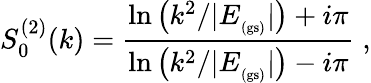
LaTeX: S_{0}^{(2)}(k)=\frac{\ln\left(k^{2}/|E_{_\mathrm{(gs)}}|\right)+i\pi}{\ln\left(k^{2}/|E_{_\mathrm{(gs)}}|\right)-i\pi}\; ,